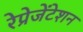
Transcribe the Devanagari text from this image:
रेप्रेजेंटेशन